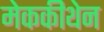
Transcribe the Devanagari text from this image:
मेककीथेन